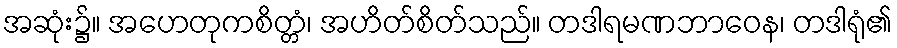
အဆုံး၌။ အဟေတုကစိတ္တံ၊ အဟိတ်စိတ်သည်။ တဒါရမဏဘာဝေန၊ တဒါရုံ၏